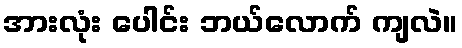
အားလုံး ပေါင်း ဘယ်လောက် ကျလဲ။